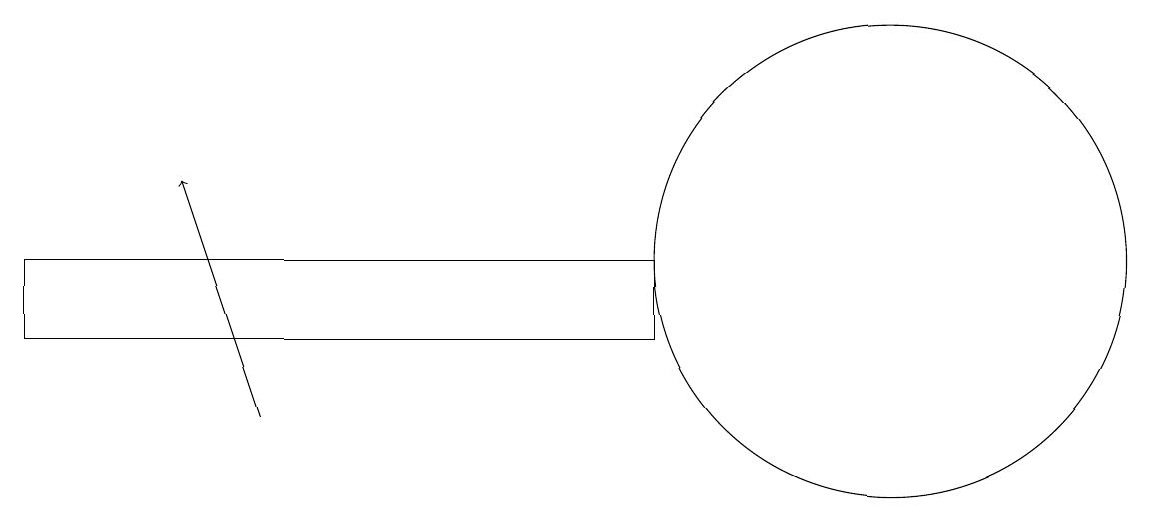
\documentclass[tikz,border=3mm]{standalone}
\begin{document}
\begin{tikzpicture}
\draw (11,12) circle (3);
\draw (10,11) circle (0);
\draw (0,12) rectangle (8,11);
\draw[->] (3,10) -- (2,13);
\draw (12,10) circle (0);
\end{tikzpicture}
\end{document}